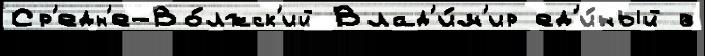
Ср'едн'е-Во́лжск'ий Влад'и́м'ир ед'и́ный в